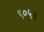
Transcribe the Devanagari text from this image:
९०५३